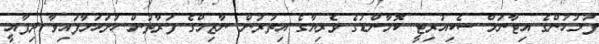
ފުލުހުންގެ އިޓާނަލް ސެކިއުރިޓީ ކޮމާންޑުގެ ވެރިޔާގެ އިތުރުން ނާޒިމްގެ ފަރާތުން ހުށަހަޅާފައިވާ ދިފާއީ